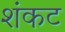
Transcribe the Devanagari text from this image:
शंकट